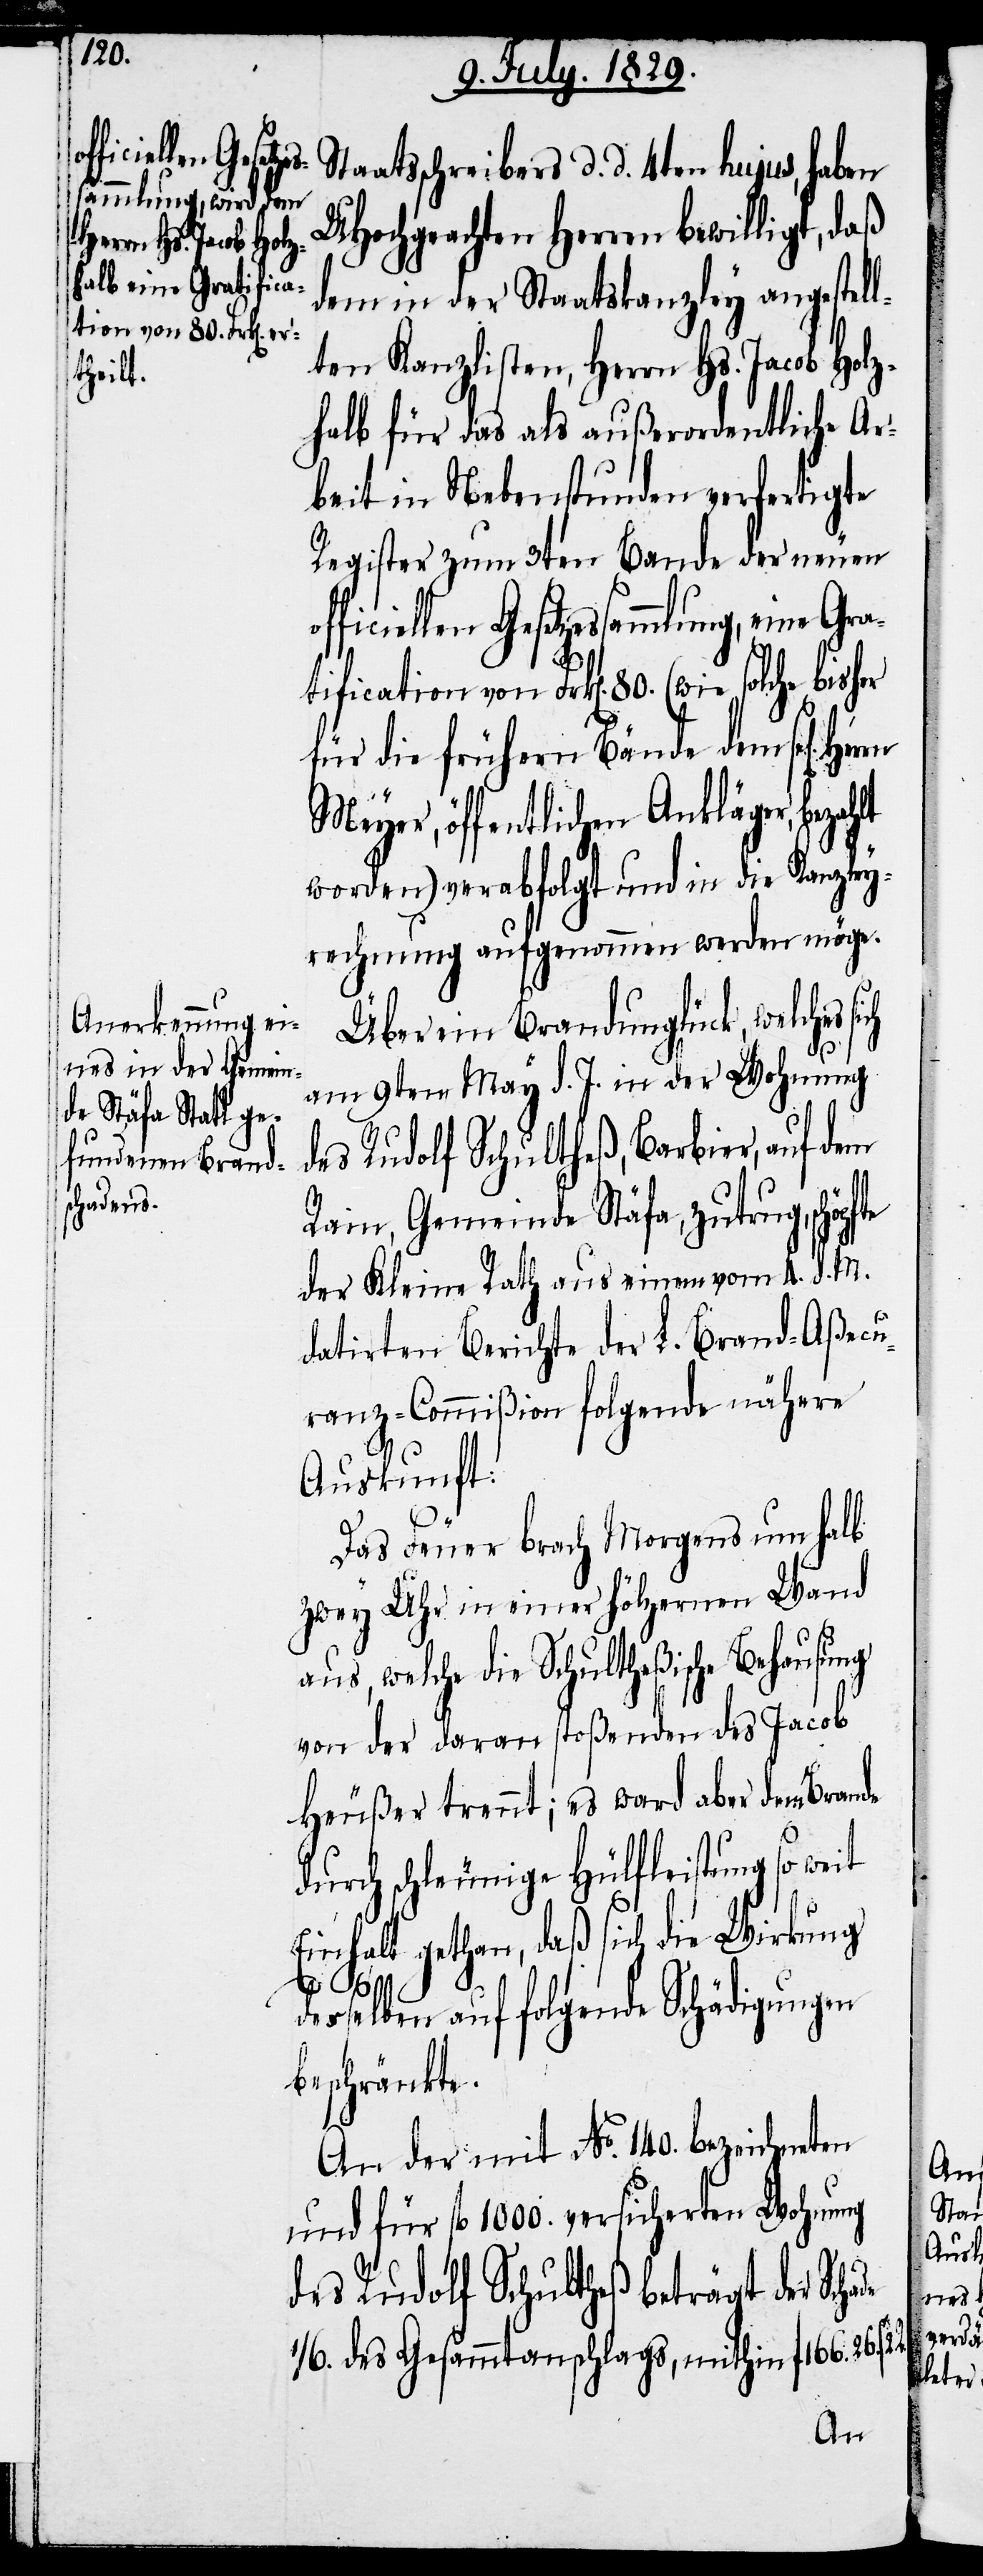
Staatsschreibers d. d. 4ten hujus, haben
UHochgeachten Herren bewilligt, daß
dem in der Staatskanzley angestel¬
lten Kanzlisten, Herrn Hs. Jacob Holz¬
halb für das als außerordentliche Ar¬
beit in Nebenstunden verfertigte
Register zum 3ten Bande der neuen
ficiellen Gesetzessammlung, eine
tification von Frk[en]. 80. (wie solche bisher
für die frühern Bände dem sel[ige¬
Meyer, öffentlichen Ankläger, beza¬
worden) verabfolgt und in die Kanzley¬
rechnung aufgenommen werden möge.
Über ein Brandunglück, welches
am 9ten May d. J. in der Wohnung
des Rudolf Schultheß, Barbier, auf dem
Rain, Gemeinde Stäfa, zutrug, schöp¬
der Kleine Rath aus einem vom 4. d. M.
datirten Berichte der L. Brand-Aßecu¬
ranz-Commißion folgende nähere
Auskunft:
Das Feuer brach Morgens um halb
zwey Uhr in einer hölzernen Wand
aus, welche die Schultheßische Behausung
von der daran stoßenden des Jacob
Heußer trennt; es ward aber dem Brande
durch schleunige Hülfleistung so weit
Einhalt gethan, daß sich die Wirkung
de
2. R.
fte
desselben auf folgende Schädigungen
beschränkte.
An der mit No. 140. bezeichneten
und für fl. 1000. versicherten Wohnung
des Rudolf Schultheß beträgt der Scha¬
1/6. des Gesammtanschlags, mithin fl. 166.

n].